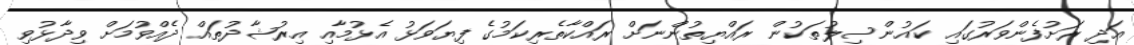
އަދި ރަށުފެންވަރުގައި ކައުންސިލުތަކުން ރައްޔިތުންނަށް ރައްކާތެރިކަމުގެ ފިޔަވަޅު އެޅުމާއި އިރުޝާދުތައް ދެއްވުމަށް ވިދާޅުވި